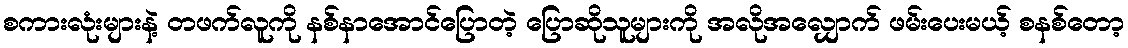
စကားလုံးများနဲ့ တဖက်လူကို နစ်နာအောင်ပြောတဲ့ ပြောဆိုသူများကို အလိုအလျှောက် ဖမ်းပေးမယ့် စနစ်တော့